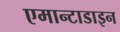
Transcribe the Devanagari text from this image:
एमान्टाडाइन